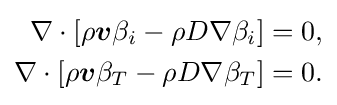
{\begin{aligned}\nabla \cdot [\rho {\boldsymbol {v}}\beta _{i}-\rho D\nabla \beta _{i}]=0,\\\nabla \cdot [\rho {\boldsymbol {v}}\beta _{T}-\rho D\nabla \beta _{T}]=0.\end{aligned}}